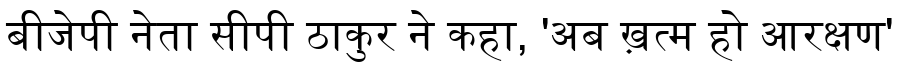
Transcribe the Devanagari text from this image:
बीजेपी नेता सीपी ठाकुर ने कहा, 'अब ख़त्म हो आरक्षण'